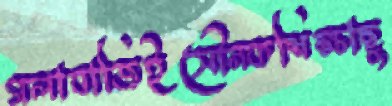
গলাবাজিইসৌনকশিক্ষাছু